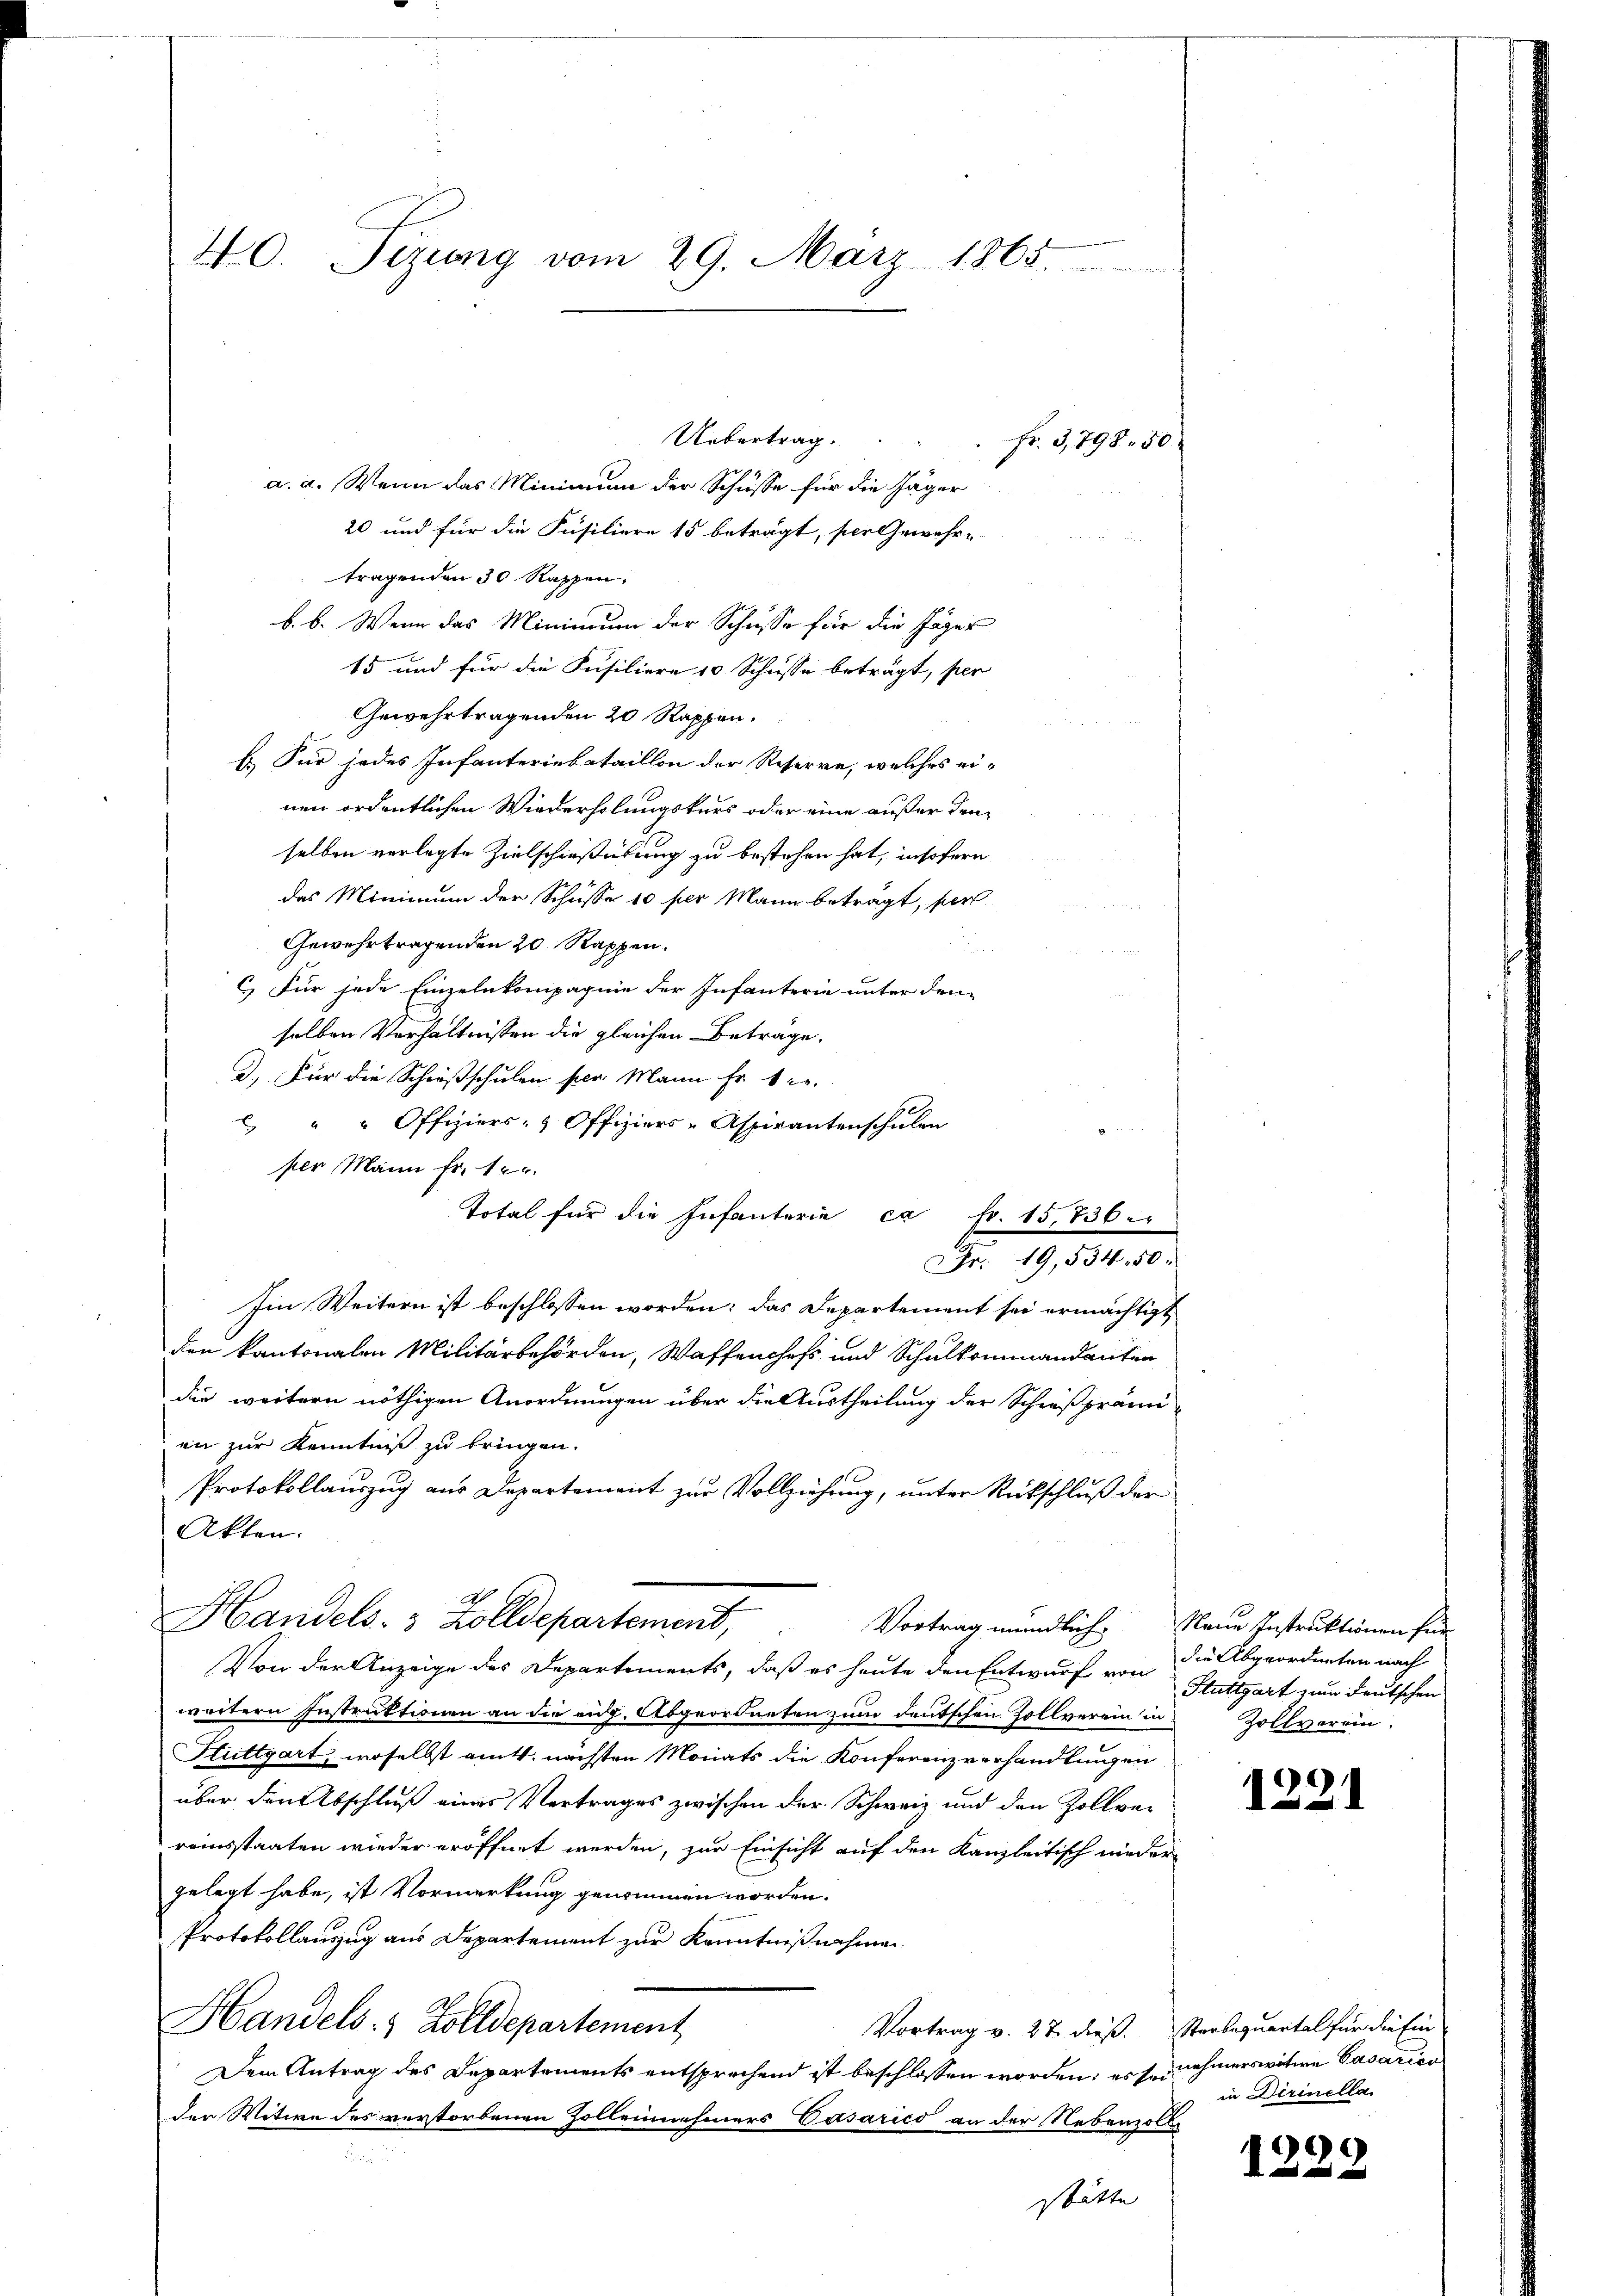
40. Sizung vom 29. März 1865.

Uebertrag.
a. a. Wenn das Minimen der Schüsse für die Jäger
20 und für die Füsiliere 15 beträgt, per Gewehr-
tragenden 30 Rappen.
b. b. Wenn das Minimum der Schusse für die Jäger
15 und für die Füsiliere 10 Schusse beträgt, per
Gewehrtragenden 20 Rappen.
E. Für jedes Infanteriebataillon der Reserve, welches einen ordentlichen Wiederholungskurs oder eine außer den
selben verlegte Zielschießübung zu bestehen hat, insofern
das Minimum der Schusse 10 per Mann beträgt, per
Gewehrtragenden 20 Rappen.
C) Für jede Einzelnkompagnie der Infanterie unter den
selben Verhältnissen die gleichen Beträge.
D. Für die Schießschulen per Mann Fr. 1 c.
 " " Offiziers- Offiziers-Aspirantenschulen
per Mann fr. 12.
Total für die Infanterie ca Fr. 15,736 er
Fr. 19,534. 50.
Im Weitern ist beschlossen worden; das Departement sei ermächtigt
den kantonalen Militärbehörden, Waffenchefs und Schulkommandanten
die weitern nöthigen Anordnungen über die Austheilung der Schießprämi
en zur Kenntniß zu bringen.
Protokollauszug aus Departement zur Vollziehung, unter Rückschluß der
Akten.
A
Handels- & Zolldepartement, Vortrag mündlich. Neue Instruktionen für
Von der Anzeige des Departements, daß es heute den Entwurf von
weitern Instruktionen an die eng. Abgeordneten zum deutschen Zollverein in
Stuttgart, woselbst amts nächsten Monats die Konferenzverhandlungen
über den Abschluß eines Vertrages zwischen der Schweiz und den Zollver
reinsstaaten wieder eröffnet werden, zur Einsicht auf den Kanzleitisch nieder-
gelegt habe, ist Vormerkung genommen worden.
Protokollauszug aus Departement zur Kenntnißnahmen
Handels. 1 Zolldepartement
Vortrag v. 27 dieß. Sterbequartal für die Ein
Dem Antrag des Departements entsprechend ist beschlossen worden; es sei nehmerswitwe Casarios
der Witwe des verstorbenen Zolleinnehmers Gasarico an der Nebenzoll-
stätte

Fr. 3,798. 50.

die Abgeordneten nach
Stuttgart zum Deutschen
Zollverein.

1221

in Dirinella

1229